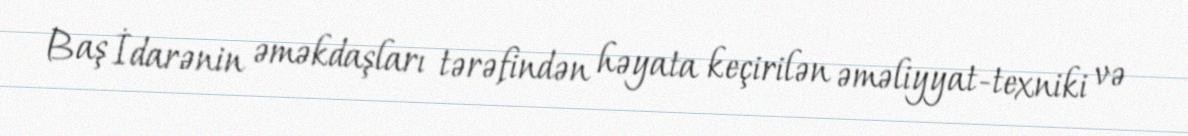
Baş İdarənin əməkdaşları tərəfindən həyata keçirilən əməliyyat-texniki və